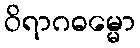
ဝိရာဂဓမ္မော